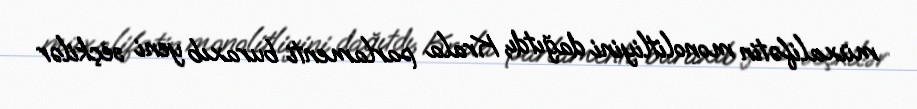
müxalifətin monolitliyini dağıtdı, Krala parlamenti buraxıb yeni seçkilər